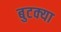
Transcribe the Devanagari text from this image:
बुटक्‍या